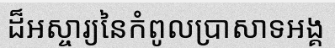
ដ៏អស្ចារ្យនៃកំពូលប្រាសាទអង្គ